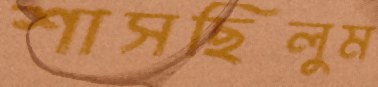
শাসছিলুম